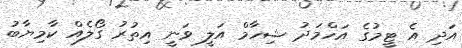
އަދި އެ ޓީމުގެ އަހްމަދު ޝިހާމް އަލީ ވަނީ އިތުރު ގޯލެއް ކާމިޔާބު